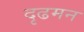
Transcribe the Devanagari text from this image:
दृढमन